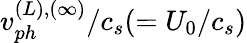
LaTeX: v_{ph}^{(L),(\infty)}/c_{s}(=U_{0}/c_{s})